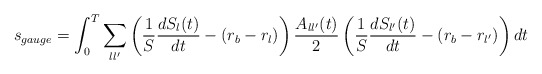
\begin{align*}s_{gauge} = \int_0^T\sum_{ll'}\left(\frac1S \frac{dS_l(t)}{dt} - (r_b - r_l)\right)\frac{A_{ll'}(t)}{2}\left(\frac1S \frac{dS_{l'}(t)}{dt} - (r_b - r_{l'})\right)dt\end{align*}